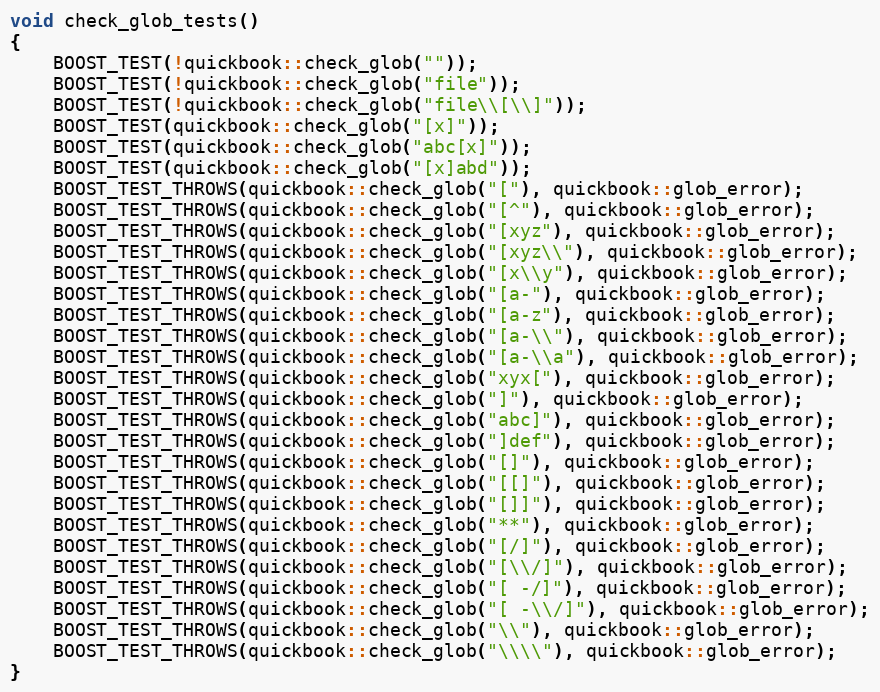
Language: C++
void check_glob_tests()
{
    BOOST_TEST(!quickbook::check_glob(""));
    BOOST_TEST(!quickbook::check_glob("file"));
    BOOST_TEST(!quickbook::check_glob("file\\[\\]"));
    BOOST_TEST(quickbook::check_glob("[x]"));
    BOOST_TEST(quickbook::check_glob("abc[x]"));
    BOOST_TEST(quickbook::check_glob("[x]abd"));
    BOOST_TEST_THROWS(quickbook::check_glob("["), quickbook::glob_error);
    BOOST_TEST_THROWS(quickbook::check_glob("[^"), quickbook::glob_error);
    BOOST_TEST_THROWS(quickbook::check_glob("[xyz"), quickbook::glob_error);
    BOOST_TEST_THROWS(quickbook::check_glob("[xyz\\"), quickbook::glob_error);
    BOOST_TEST_THROWS(quickbook::check_glob("[x\\y"), quickbook::glob_error);
    BOOST_TEST_THROWS(quickbook::check_glob("[a-"), quickbook::glob_error);
    BOOST_TEST_THROWS(quickbook::check_glob("[a-z"), quickbook::glob_error);
    BOOST_TEST_THROWS(quickbook::check_glob("[a-\\"), quickbook::glob_error);
    BOOST_TEST_THROWS(quickbook::check_glob("[a-\\a"), quickbook::glob_error);
    BOOST_TEST_THROWS(quickbook::check_glob("xyx["), quickbook::glob_error);
    BOOST_TEST_THROWS(quickbook::check_glob("]"), quickbook::glob_error);
    BOOST_TEST_THROWS(quickbook::check_glob("abc]"), quickbook::glob_error);
    BOOST_TEST_THROWS(quickbook::check_glob("]def"), quickbook::glob_error);
    BOOST_TEST_THROWS(quickbook::check_glob("[]"), quickbook::glob_error);
    BOOST_TEST_THROWS(quickbook::check_glob("[[]"), quickbook::glob_error);
    BOOST_TEST_THROWS(quickbook::check_glob("[]]"), quickbook::glob_error);
    BOOST_TEST_THROWS(quickbook::check_glob("**"), quickbook::glob_error);
    BOOST_TEST_THROWS(quickbook::check_glob("[/]"), quickbook::glob_error);
    BOOST_TEST_THROWS(quickbook::check_glob("[\\/]"), quickbook::glob_error);
    BOOST_TEST_THROWS(quickbook::check_glob("[ -/]"), quickbook::glob_error);
    BOOST_TEST_THROWS(quickbook::check_glob("[ -\\/]"), quickbook::glob_error);
    BOOST_TEST_THROWS(quickbook::check_glob("\\"), quickbook::glob_error);
    BOOST_TEST_THROWS(quickbook::check_glob("\\\\"), quickbook::glob_error);
}